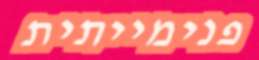
פנימייתית